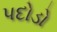
પદોડો